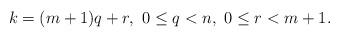
LaTeX: \begin{align*}k = (m+1)q + r, \mbox{ } 0 \leq q < n,\mbox{ } 0 \leq r < m+1.\end{align*}